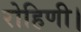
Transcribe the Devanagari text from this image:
रोहिणी।